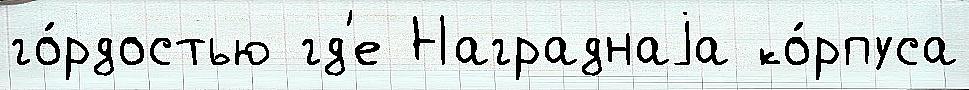
го́рдостью гд'е Награднаjа ко́рпуса